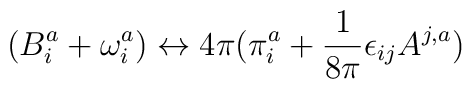
(B^{a}_{i} + \omega^{a}_{i}) \leftrightarrow 4\pi(\pi^{a}_{i} +\frac{1}{8\pi} \epsilon_{ij}A^{j,a})